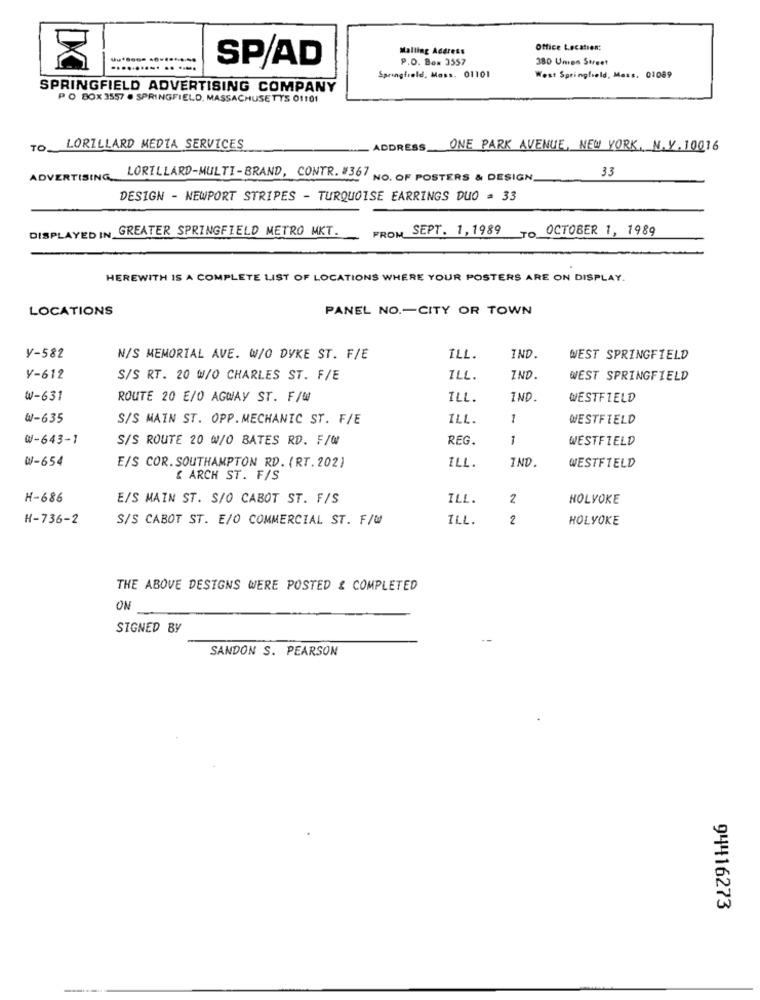
Mailing Address
Office Location:
SP/AD
P.O. Box 3557
380 Union Street
Springfield, Moss. 01101
West Springfield, Mass. 01089
SPRINGFIELD ADVERTISING COMPANY
PO BOX 3557 . SPRINGFIELD, MASSACHUSETTS 01101
TO
LORILLARD MEDIA SERVICES
ADDRESS_
ONE PARK AVENUE, NEW YORK, N. Y. 10016
33
ADVERTISING
LORILLARD-MULTI-BRAND, CONTR. #367 NO. OF POSTERS & DESIGN.
DESIGN - NEWPORT STRIPES - TURQUOISE EARRINGS DUO = 33
DISPLAYED IN GREATER SPRINGFIELD METRO MKT.
FROM SEPT. 1,1989
TO OCTOBER 1, 1989
HEREWITH IS A COMPLETE LIST OF LOCATIONS WHERE YOUR POSTERS ARE ON DISPLAY.
LOCATIONS
PANEL NO .- CITY OR TOWN
Y-582
N/S MEMORIAL AVE. W/O DYKE ST. F/E
ILL.
IND.
WEST SPRINGFIELD
V-612
S/S RT. 20 W/O CHARLES ST. F/E
ILL.
IND.
WEST SPRINGFIELD
W-631
ROUTE 20 E/O AGWAY ST. F/@
ILL.
IND.
WESTFIELD
W-635
S/S MAIN ST. OPP. MECHANIC ST. F/E
ILL.
1
WESTFIELD
W-643-1
S/S ROUTE 20 W/O BATES RD. F/W/
REG.
1
WESTFIELD
W-654
ILL.
IND
E/S COR.SOUTHAMPTON RD. (RT. 202)
WESTFIELD
& ARCH ST. F/S
H - 686
E/S MAIN ST. S/O CABOT ST. F/S
ILL.
2
HOLYOKE
H-736-2
S/S CABOT ST. E/O COMMERCIAL ST. F/W
ILL.
2
HOLYOKE
THE ABOVE DESIGNS WERE POSTED & COMPLETED
ON
SIGNED BY
SANDON S. PEARSON
94416273